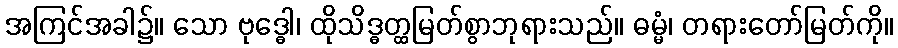
အကြင်အခါ၌။ သော ဗုဒ္ဓေါ၊ ထိုသိဒ္ဓတ္ထမြတ်စွာဘုရားသည်။ ဓမ္မံ၊ တရားတော်မြတ်ကို။